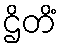
ဌိတိံ